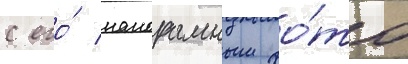
с его́ панорамным фо́то